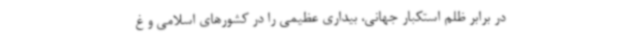
در برابر ظلم استکبار جهانی، بیداری عظیمی را در کشورهای اسلامی و غ